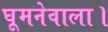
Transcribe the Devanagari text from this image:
घूमनेवाला।